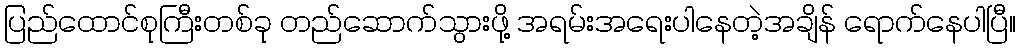
ပြည်ထောင်စုကြီးတစ်ခု တည်ဆောက်သွားဖို့ အရမ်းအရေးပါနေတဲ့အချိန် ရောက်နေပါပြီ။